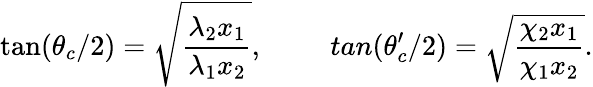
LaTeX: \tan(\theta_{c}/2)=\sqrt{\frac{\lambda_{2}x_{1}}{\lambda_{1}x_{2}}},\ \ \ \ \ \, \ \ \ \, tan(\theta_{c}^{\prime}/2)=\sqrt{\frac{\chi_{2}x_{1}}{\chi_{1}x_{2}}}.